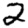
Digit: 2